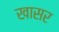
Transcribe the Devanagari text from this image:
खासर